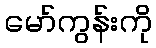
မော်ကွန်းကို